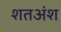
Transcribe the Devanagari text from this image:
शतअंश